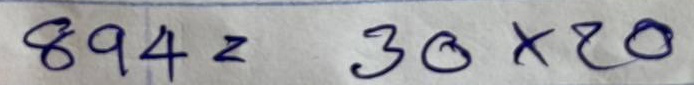
894 = 30x20